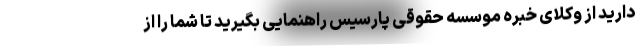
دارید از وکلای خبره موسسه حقوقی پارسیس راهنمایی بگیرید تا شما را از